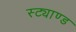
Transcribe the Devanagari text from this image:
स्ट्याण्ड